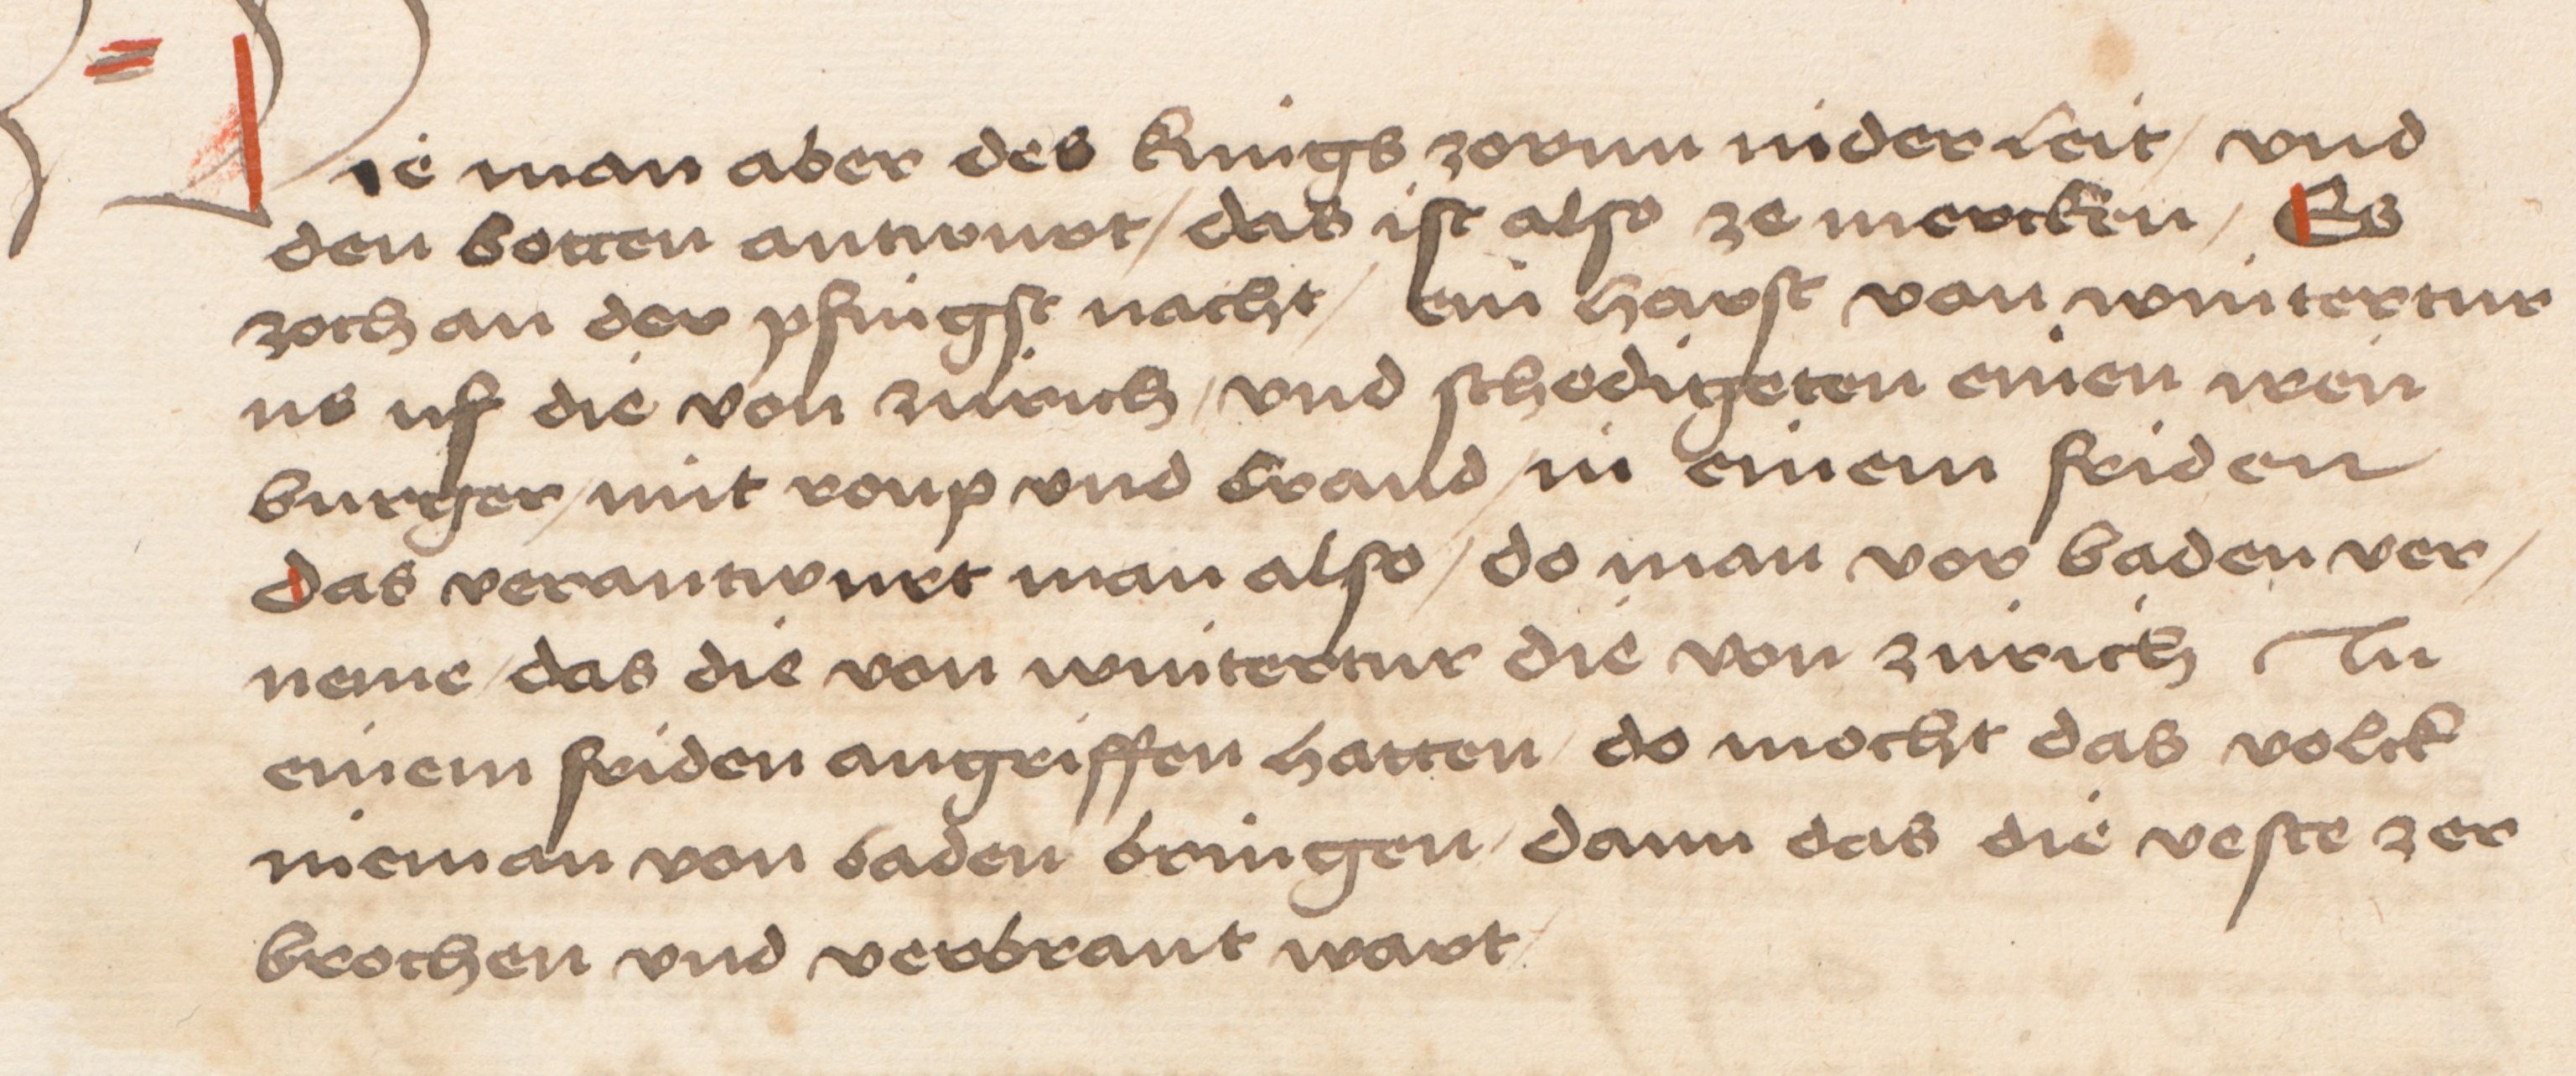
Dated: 1484–1485